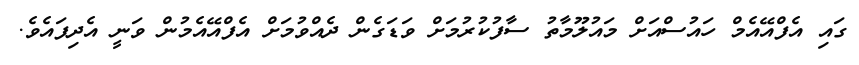
ގައި އެފްއޭއެމް ހައުސްއަށް މައުލޫމާތު ސާފުކުރުމަށް ވަޑަގެން ދެއްވުމަށް އެފްއޭއެމުން ވަނީ އެދިފައެވެ.